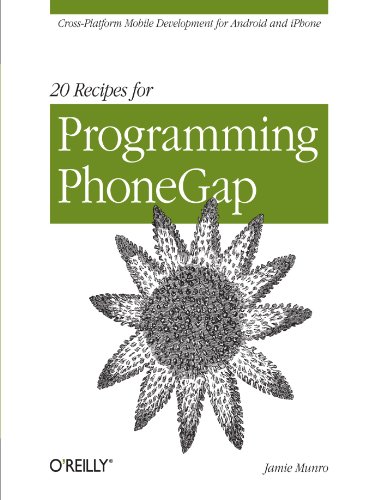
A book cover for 20 Recipes for Programming PhoneGap: Cross-Platform Mobile Development for Android and iPhone; Jamie Munro; Computers & Technology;